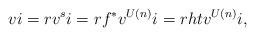
LaTeX: \begin{align*}vi = rv^si = r f^* v^{U(n)} i = rhtv^{U(n)}i,\end{align*}